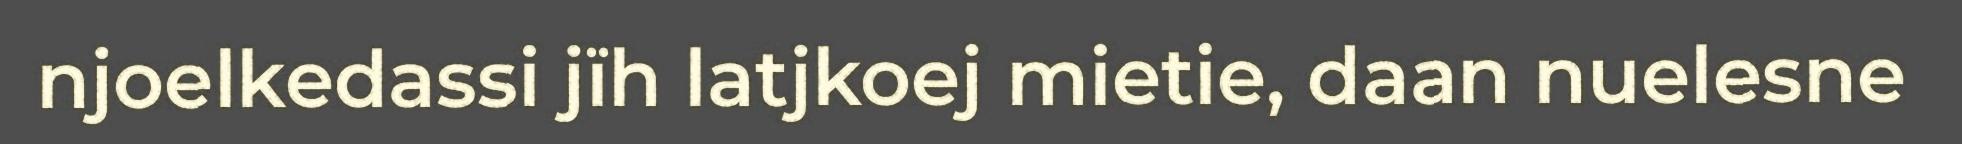
njoelkedassi jïh latjkoej mietie, daan nuelesne